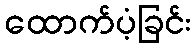
ထောက်ပံ့ခြင်း